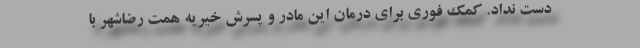
دست نداد. کمک فوری برای درمان این مادر و پسرش خیریه همت رضاشهر با